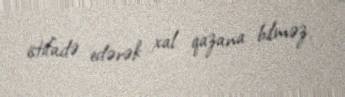
istifadə edərək xal qazana bilməz.